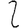
Digit: 2